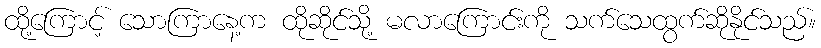
ထို့ကြောင့် သောကြာနေ့က ထိုဆိုင်သို့ မလာကြောင်းကို သက်သေထွက်ဆိုနိုင်သည်။